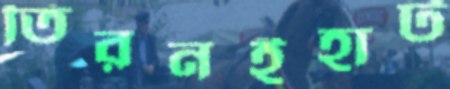
তিরনইহাট